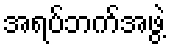
အရပ်ဘက်အဖွဲ့